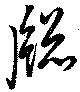
牕